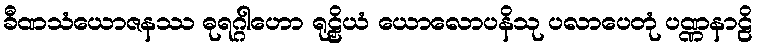
ခီဏသံယောဇနဿ ဓုရဂ္ဂါဟော ရုဠှိယံ ယောလောပနိသု ပလာပေတုံ ပဏ္ဏနာဠိ